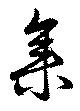
集